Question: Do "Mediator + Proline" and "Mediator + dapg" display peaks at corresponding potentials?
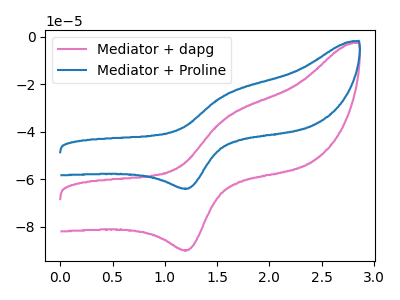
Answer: <think>The pink curve "Mediator + dapg" has an anodic peak at (1.60V, -34.15uA) and a cathodic peak at (1.25V, -89.75uA). The blue curve "Mediator + Proline" has an anodic peak at (1.60V, -24.25uA) and a cathodic peak at (1.25V, -63.80uA).</think>
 <answer>Yes, "Mediator + Proline" have a peak in "Mediator + dapg" at the same potential.</answer>
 <eval>match</eval>